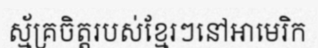
ស្ម័គ្រចិត្តរបស់ខ្មែរៗនៅអាមេរិក